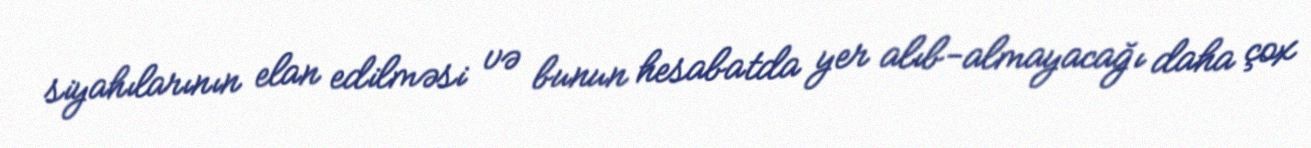
siyahılarının elan edilməsi və bunun hesabatda yer alıb-almayacağı daha çox